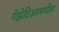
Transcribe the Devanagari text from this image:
गॅझेटिअरमधील